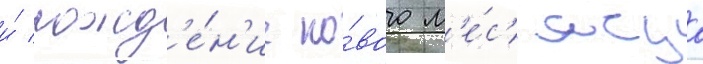
и́ рожд'е́н'ие но́вого м'е́с'яца